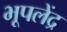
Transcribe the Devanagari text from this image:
भूपलेंद्र